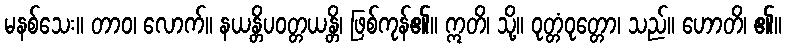
မနစ်သေး။ တာဝ၊ လောက်။ နယန္တိပဝတ္တယန္တိ၊ ဖြစ်ကုန်၏။ ဣတိ၊ သို့။ ဝုတ္တံဝုတ္တော၊ သည်။ ဟောတိ၊ ၏။